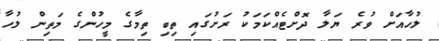
ލުހާއަށް ވުރެ ޔަލާ ދޮށްޓެއްކަމަކު ރަށުގައި ތިބި ތިމާގެ މީހުންގެ މަތިން ލުހާ